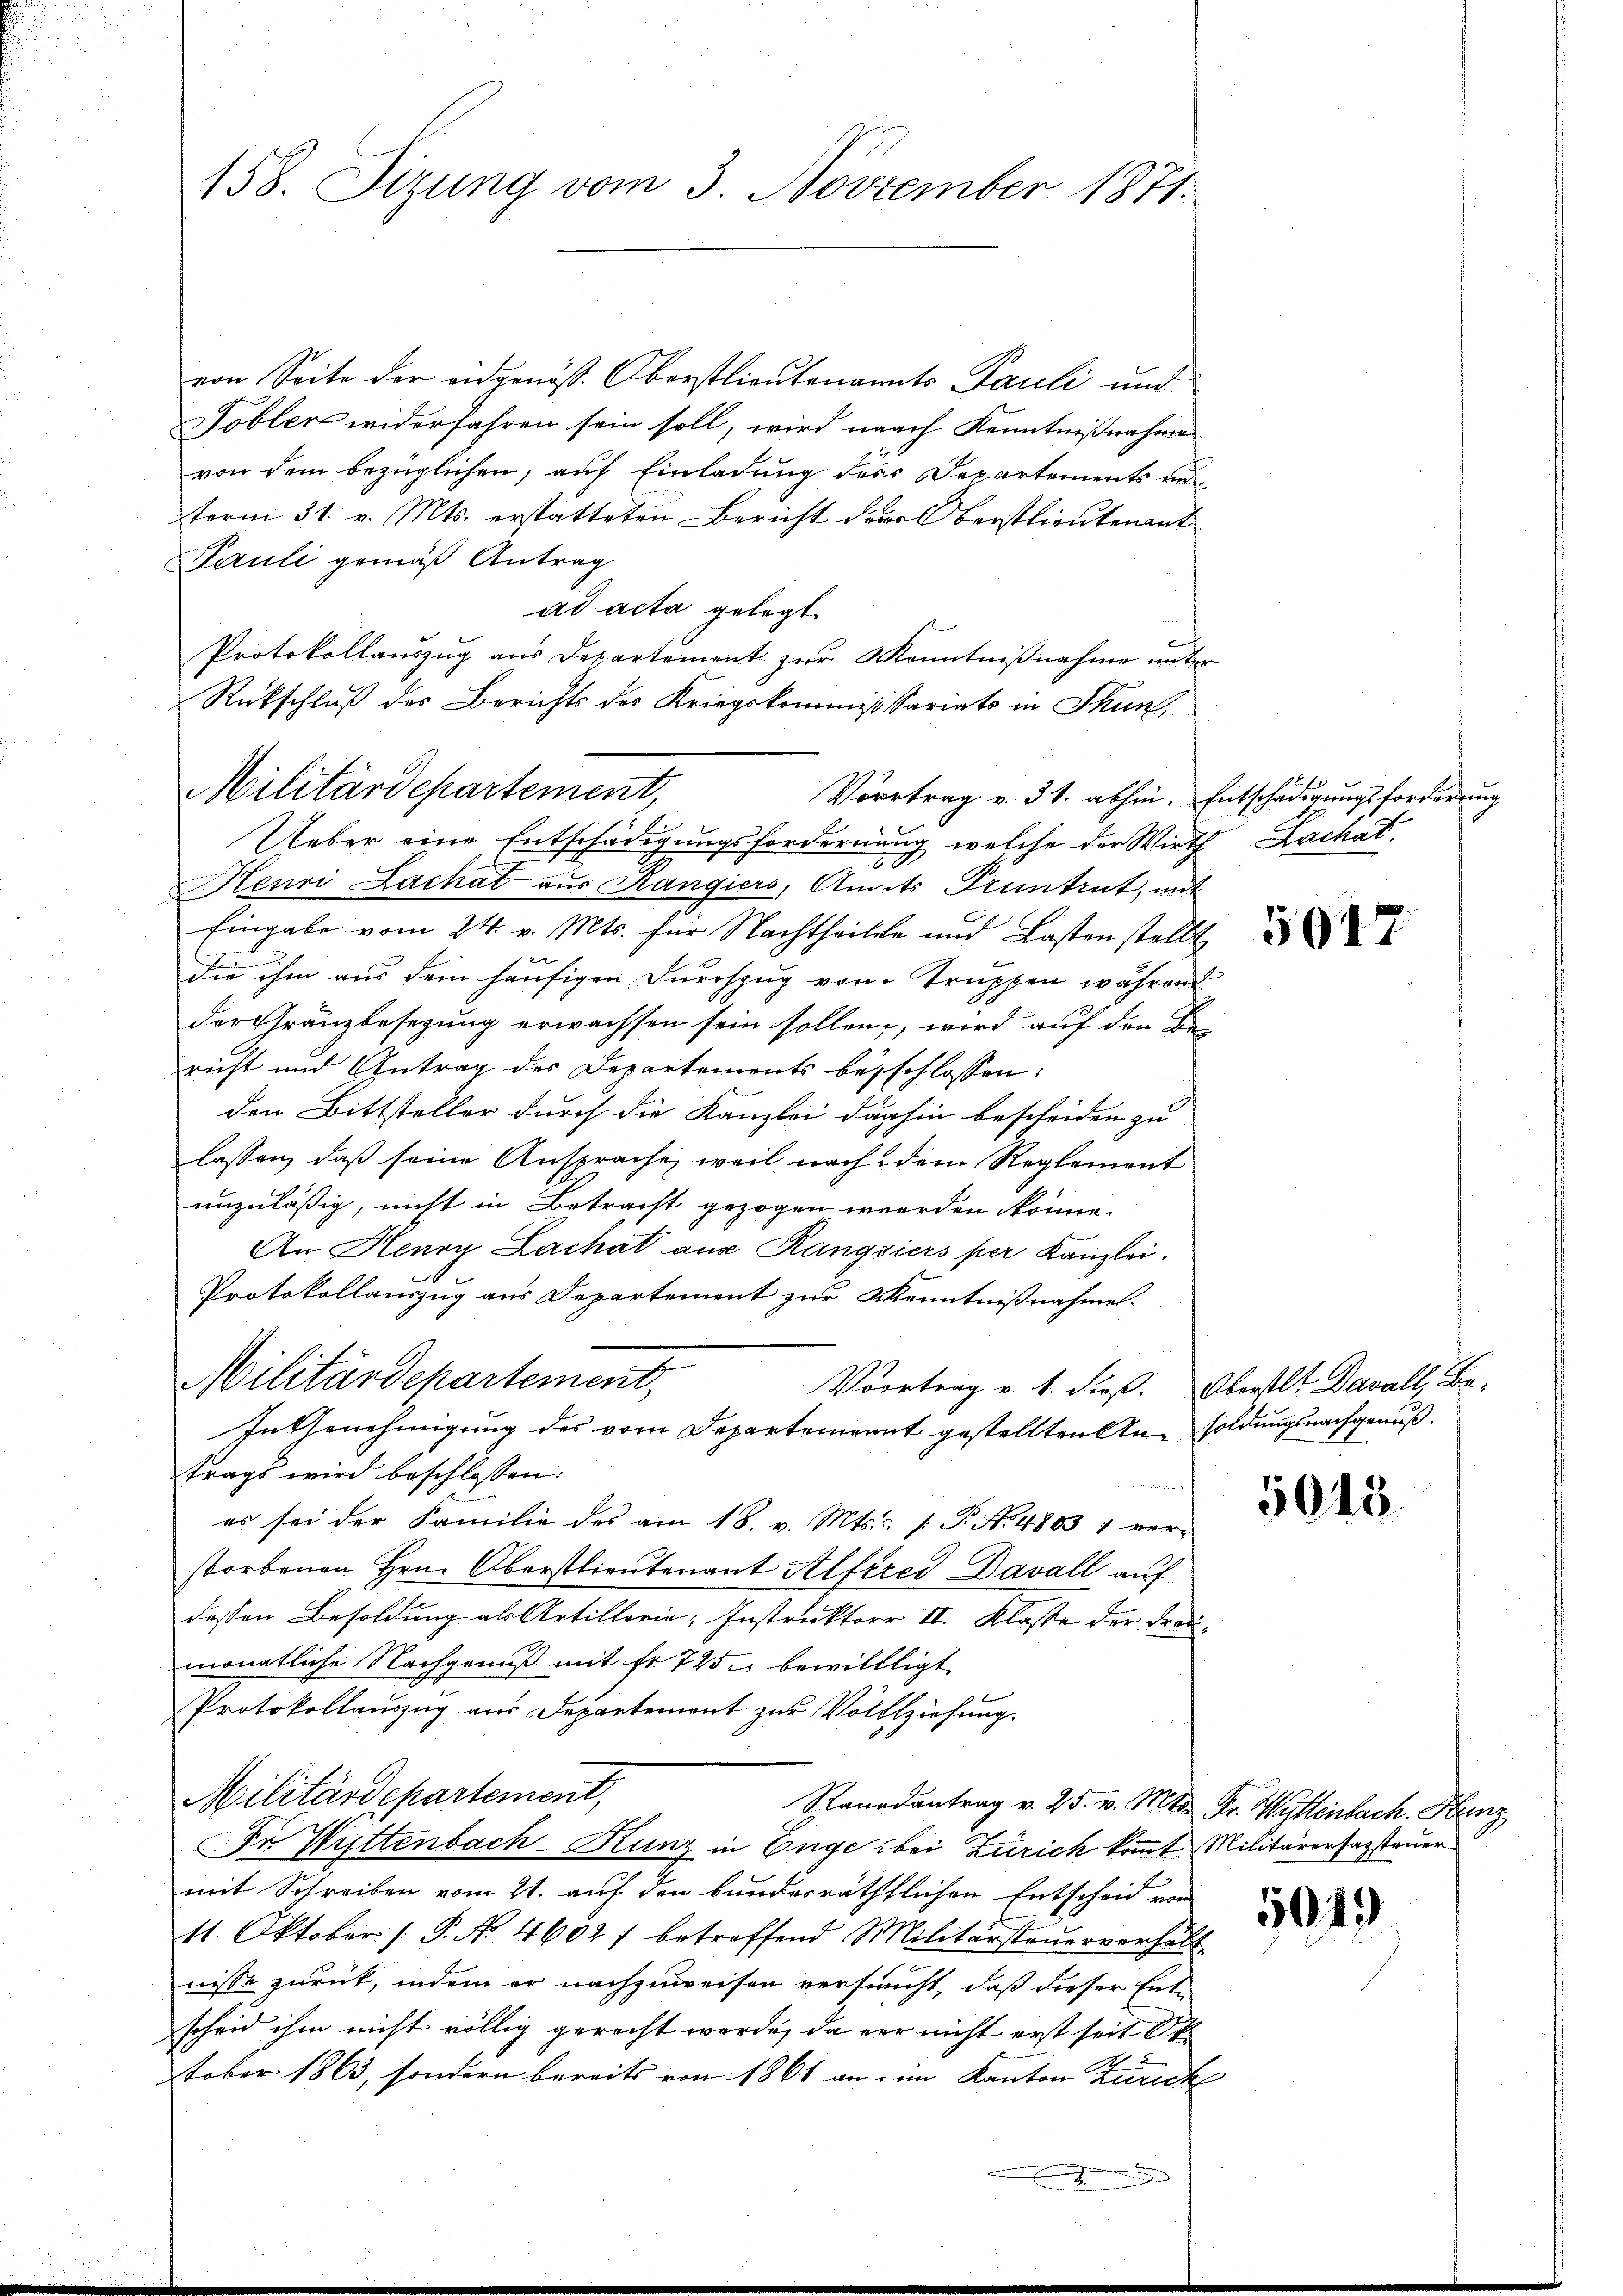
158. Sizung vom 3. November 1871.

Rückschluß des Berichts des Kriegskommissariats in Thun,
Militärdepartement,

von Seite der eidgenöß. Oberstlieutenants Pauli und
Tobler widerfahren sein soll, wird nach Kenntnißnahme
von dem bezüglichen, auf Einladung der Departements un
term 31. v. Mts. erstatteten Bericht deral Berstlieutenant
Pauli gemäß Antrag
ad acta gelegt.
Protokollauszug aus Departement zur Kenntnißnahme unter
Vortrag v. 31. abhin. Entschädigungsforderung
Ueber eine Entschädigungsfordernung, welche der Wirth Lachat
.
Henri Lachat aus Rangiers, Amts Pruntrut, mit
Eingabe vom 24. v. Mts. für Nachtheilen und Lasten stellt
die ihm aus dem häufigen Durchzug von Truppen während
der Gränzbesezung erwachsen sein sollen, wird auf den Be-
richt und Antrag des Departements beschlossen:
den Bittsteller durch die Kanzlei dahin bescheiden zu
lassen, daß seine Ansprache, weil nach dem Reglement
unzulässig, nicht in Betracht gezogen werden könne.
An Herrn Lachat aus Rangziers per Kanzlei.
.
Protokollauszug aus Departement zur Kenntnißnahme.
Militärdepartement,
Vortrag v. 1. dieß. Oberstlt Davall, Be¬
In Genehmigung des vom Departenannt gestellten An- soldungsnachgenuß.
trags wird beschlossen:

es sei der Familie des am 18. v. Mts. [ P. No. 4803 1 ver-
storbenen Hrn. Oberstlieutenant Alfred Davall auf
dessen Besoldung als Artillerie, Instruktore II. Klasse der Freumonatliche Nachgenuß mit fr. 725 bewillligt
Protokollauszug aus Departement zur Vollziehung.
Militärdepartement,
Ranadantrag v. 25. v. Mts. Fr. Wittenbach. Kunz
Fr. Wittenbach-Kunz in Enge bei Zürich kommt. Militärerhazsteuer
mit Schreiben vom 21. auf den bundesräthlichen Entscheid von
11. Oktober /: P. Nr. 4602) betreffend Militärsteŭerverhält
nisse zurück, indem er nachzuweisen versucht, daß dieser Ent-
scheid ihm nicht völlig gerecht werde, da der nicht erst seit Ok
tober 1863, sondern bereits von 1861 an im Kanton Zürich

h

1600

5617

5015

5049